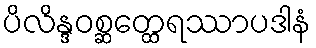
ပိလိန္ဒဝစ္ဆတ္ထေရဿာပဒါနံ